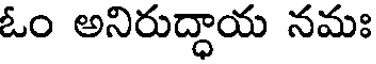
ఓం అనిరుద్ధాయ నమః